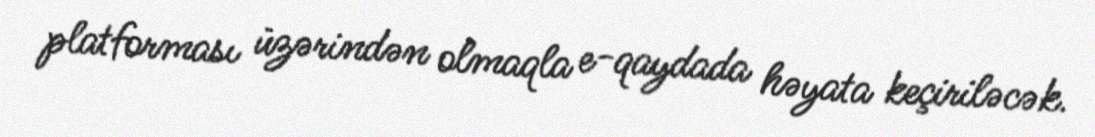
platforması üzərindən olmaqla e-qaydada həyata keçiriləcək.